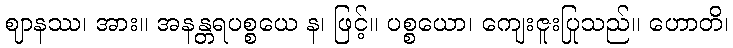
ဈာနဿ၊ အား။ အနန္တရပစ္စယေ န၊ ဖြင့်။ ပစ္စယော၊ ကျေးဇူးပြုသည်။ ဟောတိ၊